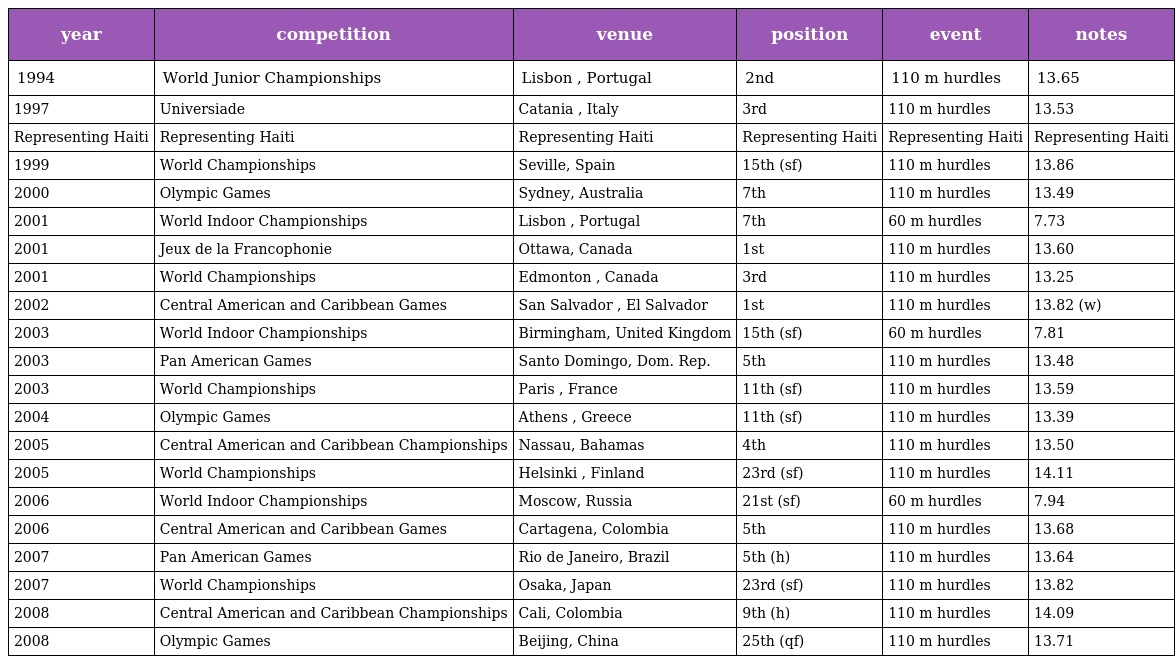
| year | competition | venue | position | event | notes |
 | --- | --- | --- | --- | --- | --- |
 | 1994 | World Junior Championships | Lisbon , Portugal | 2nd | 110 m hurdles | 13.65 |
 | 1997 | Universiade | Catania , Italy | 3rd | 110 m hurdles | 13.53 |
 | Representing Haiti | Representing Haiti | Representing Haiti | Representing Haiti | Representing Haiti | Representing Haiti |
 | 1999 | World Championships | Seville, Spain | 15th (sf) | 110 m hurdles | 13.86 |
 | 2000 | Olympic Games | Sydney, Australia | 7th | 110 m hurdles | 13.49 |
 | 2001 | World Indoor Championships | Lisbon , Portugal | 7th | 60 m hurdles | 7.73 |
 | 2001 | Jeux de la Francophonie | Ottawa, Canada | 1st | 110 m hurdles | 13.60 |
 | 2001 | World Championships | Edmonton , Canada | 3rd | 110 m hurdles | 13.25 |
 | 2002 | Central American and Caribbean Games | San Salvador , El Salvador | 1st | 110 m hurdles | 13.82 (w) |
 | 2003 | World Indoor Championships | Birmingham, United Kingdom | 15th (sf) | 60 m hurdles | 7.81 |
 | 2003 | Pan American Games | Santo Domingo, Dom. Rep. | 5th | 110 m hurdles | 13.48 |
 | 2003 | World Championships | Paris , France | 11th (sf) | 110 m hurdles | 13.59 |
 | 2004 | Olympic Games | Athens , Greece | 11th (sf) | 110 m hurdles | 13.39 |
 | 2005 | Central American and Caribbean Championships | Nassau, Bahamas | 4th | 110 m hurdles | 13.50 |
 | 2005 | World Championships | Helsinki , Finland | 23rd (sf) | 110 m hurdles | 14.11 |
 | 2006 | World Indoor Championships | Moscow, Russia | 21st (sf) | 60 m hurdles | 7.94 |
 | 2006 | Central American and Caribbean Games | Cartagena, Colombia | 5th | 110 m hurdles | 13.68 |
 | 2007 | Pan American Games | Rio de Janeiro, Brazil | 5th (h) | 110 m hurdles | 13.64 |
 | 2007 | World Championships | Osaka, Japan | 23rd (sf) | 110 m hurdles | 13.82 |
 | 2008 | Central American and Caribbean Championships | Cali, Colombia | 9th (h) | 110 m hurdles | 14.09 |
 | 2008 | Olympic Games | Beijing, China | 25th (qf) | 110 m hurdles | 13.71 |